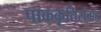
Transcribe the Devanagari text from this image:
पाककृतिसंग्रह